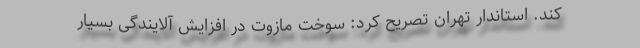
کند. استاندار تهران تصریح کرد: سوخت مازوت در افزایش آلایندگی بسیار